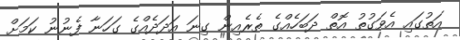
އަތުގައި އެވަގުތު އޮތް ދަބަހެއްގެ ތެރެއިން ގިނަ އަދަދެއްގެ ގަހަނާ ފެނުނު ކަމަށް